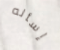
إسأله